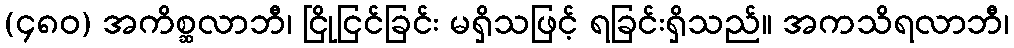
(၄၈၀) အကိစ္ဆလာဘီ၊ ငြိုငြင်ခြင်း မရှိသဖြင့် ရခြင်းရှိသည်။ အကသိရလာဘီ၊